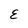
Character: E